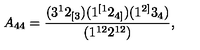
A _ { 4 4 } = \frac { ( 3 ^ { 1 } 2 _ { [ 3 } ) ( 1 ^ { [ 1 } 2 _ { 4 ] } ) ( 1 ^ { 2 ] } 3 _ { 4 } ) } { ( 1 ^ { 1 2 } 2 ^ { 1 2 } ) } ,